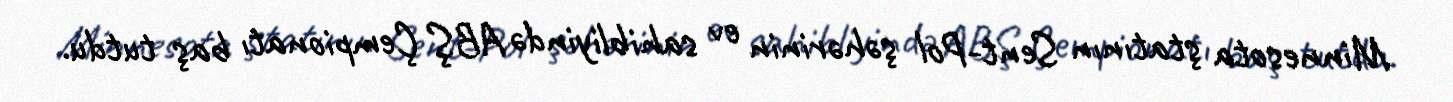
Minnesota ştatının Sent-Pol şəhərinin ev sahibliyində ABŞ Çempionatı baş tutdu.